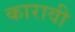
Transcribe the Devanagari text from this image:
कारावी